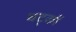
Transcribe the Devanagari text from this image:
घट्कों